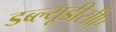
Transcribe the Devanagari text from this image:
डब्ल्यूडीसीए